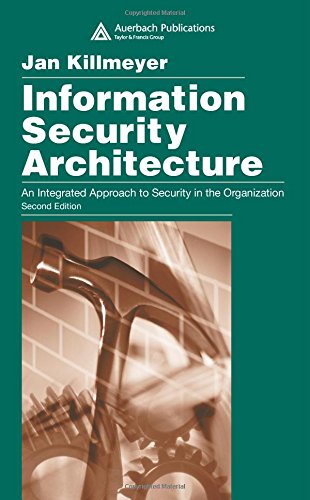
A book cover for Information Security Architecture: An Integrated Approach to Security in the Organization, Second Edition; Jan Killmeyer; Computers & Technology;